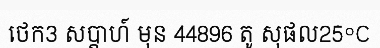
ថេក3 សប្តាហ៍ មុន 44896 តូ សុផល25°C